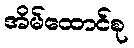
အိမ်ထောင်စု